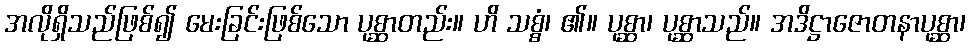
အလိုရှိသည်ဖြစ်၍ မေးခြင်းဖြစ်သော ပုစ္ဆာတည်း။ ဟိ သစ္စံ၊ ၏။ ပုစ္ဆာ၊ ပုစ္ဆာသည်။ အဒိဋ္ဌာဇောတနာပုစ္ဆာ၊